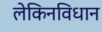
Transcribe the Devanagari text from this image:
लेकिनविधान